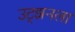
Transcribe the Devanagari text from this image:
उट्झनला